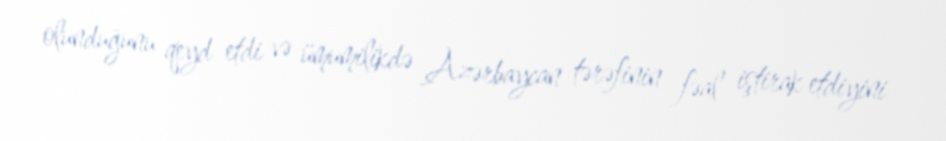
olunduğunu qeyd etdi və ümumilikdə Azərbaycan tərəfinin fəal iştirak etdiyini